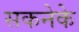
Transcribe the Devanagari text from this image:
सकनेके